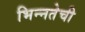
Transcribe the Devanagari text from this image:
भिन्नतेची